Annual report on the working of the Harcourt Butler Institute of Public Health, Rangoon
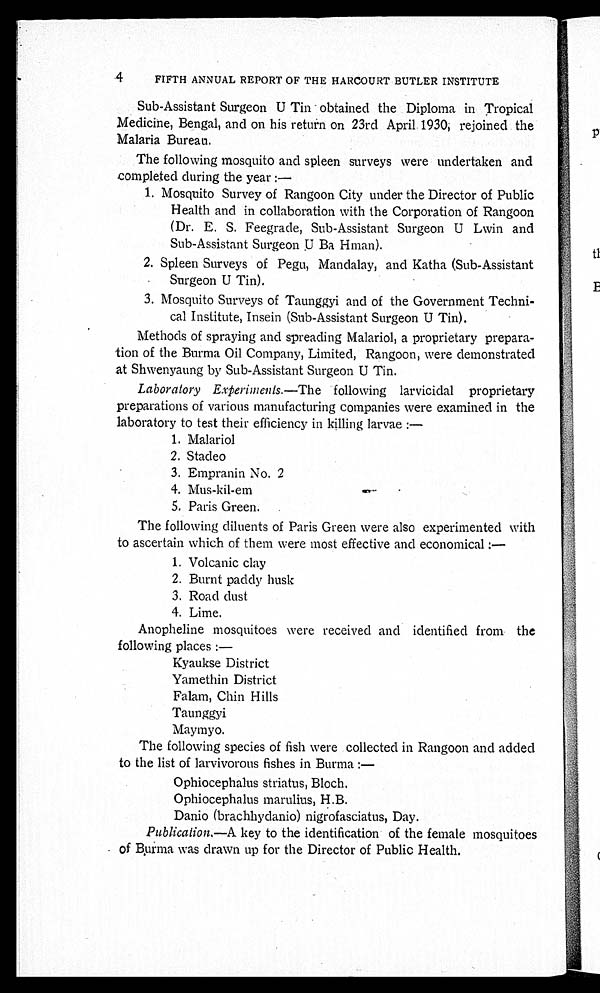
4 FIFTH ANNUAL REPORT OF THE HARCOURT BUTLER INSTITUTE
Sub-Assistant Surgeon U Tin obtained the Diploma in Tropical
Medicine, Bengal, and on his return on 23rd April 1930; rejoined the
Malaria Bureau.
The following mosquito and spleen surveys were undertaken and
completed during the year:—
1.Mosquito Survey of Rangoon City under the Director of Public
Health and in collaboration with the Corporation of Rangoon
(Dr. E. S. Feegrade, Sub-Assistant Surgeon U Lwin and
Sub-Assi stant Surgeon U Ba Hman).
2.Spleen Surveys of Pegu, Mandalay, and Katha (Sub-Assistant
Surgeon U Tin).
3.Mosquito Surveys of Taunggyi and of the Government Techni-
- cal Institute, Insein (Sub-Assistant Surgeon U Tin).
Methods of spraying and spreading Malariol, a proprietary prepara-
tion of the Burma Oil Company, Limited, Rangoon, were demonstrated
at Shwenyaung by Sub-Assistant Surgeon U Tin.
Laboratory Experi ments.— T h e f o l l o w i n g l a r v i c i d a l p r o p r i e t a r y
preparations of various manufacturing companies were examined in the
laboratory to test their efficiency in killing larvae:
—
1.Malariol
2.Stadeo
3.Empranin No. 2
4.Mus-kil-em
5.Paris Green.
The following diluents of Paris Green were also experimented with
to ascertain which of them were most effective and economical:
—
1.Volcanic clay
2.Burnt paddy husk
3.Road dust
4.Lime.
Anopheline mosquitoes were received and identified from the
following places:—
Kyaukse District
Yamethin District
Falam, Chin Hills
Taunggyi
Maymyo.
The following species of fish were collected in Rangoon and added
to the list of larvivorous fishes in Burma:
—
Ophiocephalus striatus, Bloch.
Ophiocephalus marulius, H.B.
Danio (brachhydanio) nigrofasciatus, Day.
Publication.—A key to the identification of the female mosquitoes
of Burma was drawn up for the Director of Public Health.